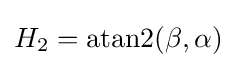
H_{2}=\operatorname {atan2} (\beta ,\alpha )